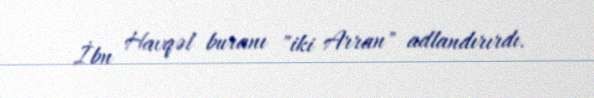
İbn Havqəl buranı "iki Arran" adlandırırdı.